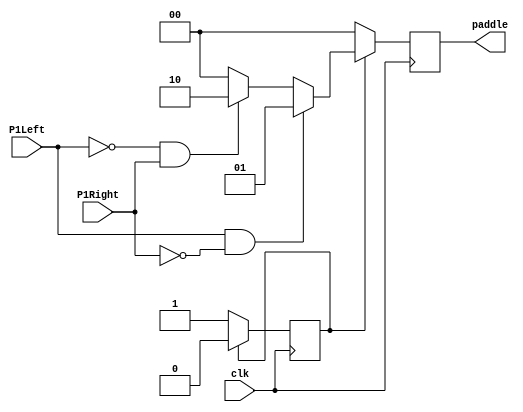
`timescale 1ns / 1ps
//////////////////////////////////////////////////////////////////////////////////
// Company: Hard Mode Super PONG
// 
// Design Name: 
// Module Name:    controller 
// Project Name: 
// Target Devices: 
// Tool versions: 
// Description: 
//
// Dependencies: 
//
// Revision: 
// Revision 0.01 - File Created
// Additional Comments: 
//
//////////////////////////////////////////////////////////////////////////////////
module controller(
    input P1Left,
    input P1Right,
    input clk,
     //input reset,
     output reg [1:0] paddle);
 
//	 wire c_P1Left;
//	 wire c_P1Right;
//	 wire c_P2Left;
//	 wire c_P2Right;
//	 
//	 debounce LEFT1(
//		//.reset(reset), 
//		.clk(clk), 
//		.noisy(P1Left), 
//		.clean(c_P1Left)
//		);
//		
//	debounce LEFT2(
//		//.reset(reset), 
//		.clk(clk), 
//		.noisy(P2Left), 
//		.clean(c_P2Left)
//		);
//		
//	debounce RIGHT1(
//		//.reset(reset), 
//		.clk(clk), 
//		.noisy(P1Right), 
//		.clean(c_P1Right)
//		);
//		
//	debounce RIGHT2(
//		//.reset(reset), 
//		.clk(clk), 
//		.noisy(P2Right), 
//		.clean(c_P2Right)
//		);

reg d = 0;

always @(posedge clk)
begin
    if(d) begin
        d <= 0;
        if ((P1Left == 1) & (P1Right == 0)) begin paddle <= 2'b01; end
        else if ((P1Left == 0) & (P1Right == 1)) begin paddle <= 2'b10; end
		  else paddle <= 2'b00;
        end
        else begin
            paddle <= 2'b00;
            d <= 1;
        end

    end

    endmodule